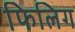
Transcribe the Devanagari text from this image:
फिलिग